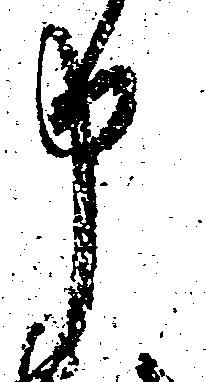
申